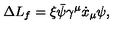
\Delta L _ { f } = \xi \bar { \psi } \gamma ^ { \mu } \dot { x } _ { \mu } \psi ,